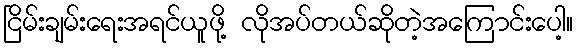
ငြိမ်းချမ်းရေးအရင်ယူဖို့ လိုအပ်တယ်ဆိုတဲ့အကြောင်းပေါ့။